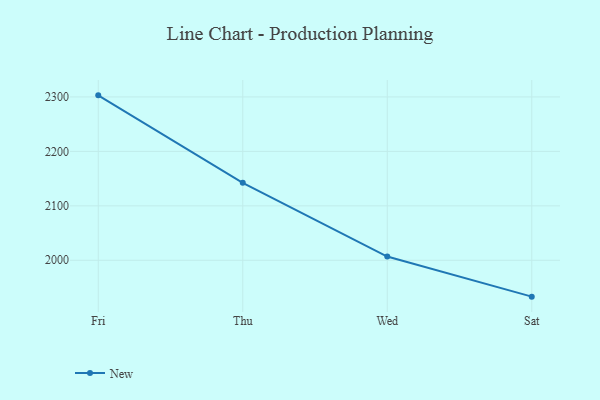
{"axis": {"x": "Day", "y": "Tickets Resolved"}, "legend": ["New"], "data": [{"x": "Fri", "y": 2302.9, "type": "New"}, {"x": "Thu", "y": 2142.3, "type": "New"}, {"x": "Wed", "y": 2006.8, "type": "New"}, {"x": "Sat", "y": 1933.2, "type": "New"}]}